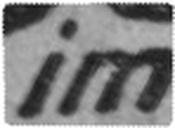
im